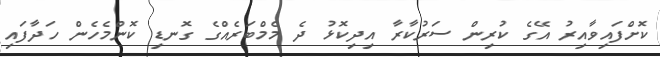
ކޮށްފައިވާއިރު އޭގެ ކުރިން ސަރުކާރާ އިދިކޮޅު ދެ މެމްބަރެއްގެ ގޮނޑި ކޮންމެހެން ހަދާފައި